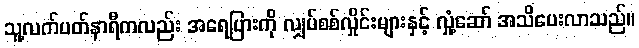
သူ့လက်ပတ်နာရီကလည်း အရေပြားကို လျှပ်စစ်လှိုင်းများနှင့် လှုံ့ဆော် အသိပေးလာသည်။